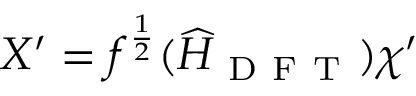
{ X ^ { \prime } } = f ^ { \frac { 1 } { 2 } } ( \widehat { H } _ { \mathrm { ~ D ~ F ~ T ~ } } ) { \chi ^ { \prime } }